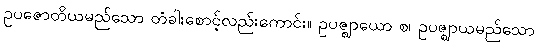
ဥပဇောတိယမည်သော တံခါးစောင့်လည်းကောင်း။ ဥပဇ္ဈာယော စ၊ ဥပဇ္ဈာယမည်သော